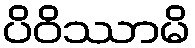
ပိဝိဿာမိ